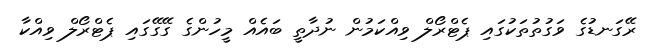
ރޭގަނޑުގެ ވަގުތުތަކުގައި ޕެޓްރޯލް ވިއްކަމުން ނުދާތީ ބައެއް މީހުންގެ ގޭގޭގައި ޕެޓްރޯލް ވިއްކާ